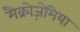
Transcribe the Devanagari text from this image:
मैक्रोज़ेमिया